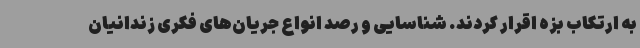
به ارتکاب بزه اقرار کردند. شناسایی و رصد انواع جریان‌های فکری زندانیان